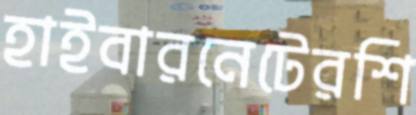
হাইবারনেটেরশি